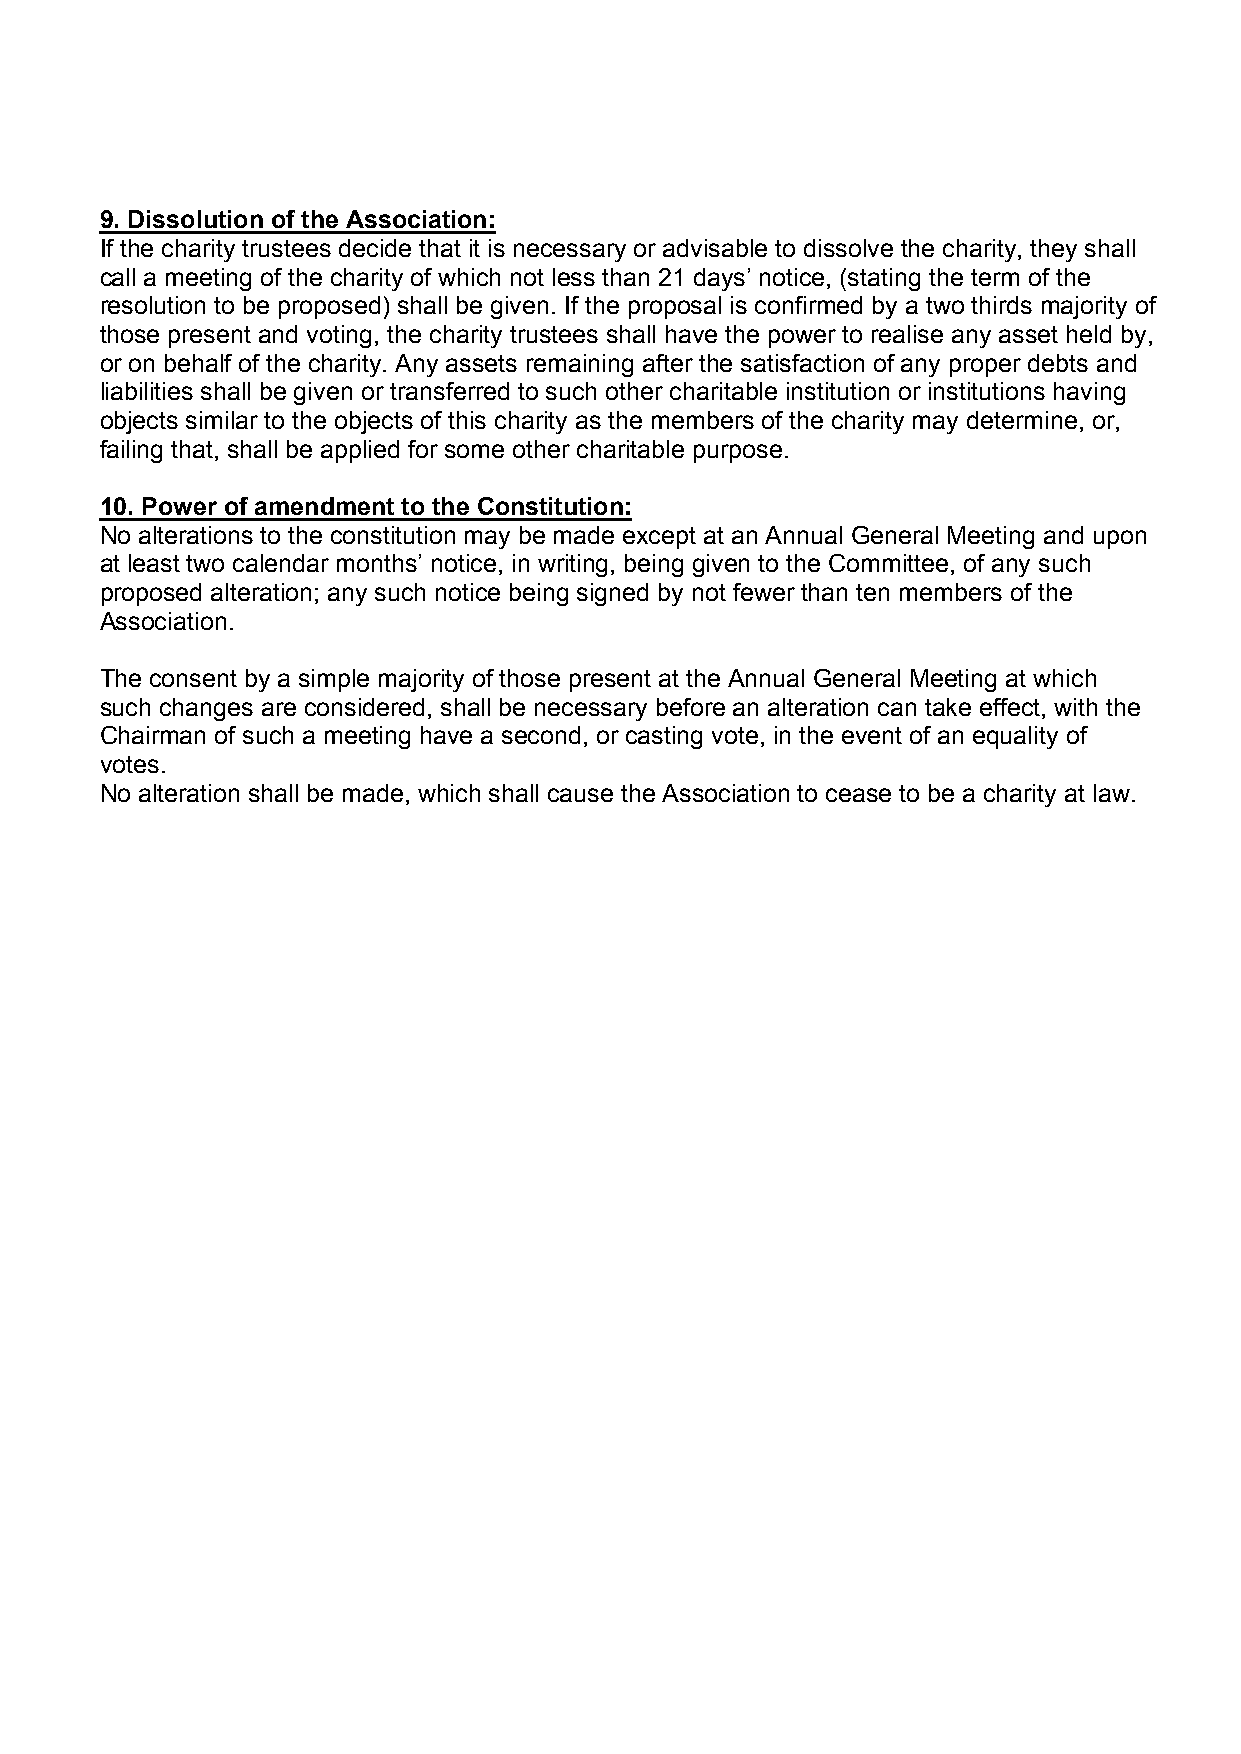
9. Dissolution of the Association:
 If the charity trustees decide that it is necessary or advisable to dissolve the charity, they shall
 call a meeting of the charity of which not less than 21 days’ notice, (stating the term of the
 resolution to be proposed) shall be given. If the proposal is confirmed by a two thirds majority of
 those present and voting, the charity trustees shall have the power to realise any asset held by,
 or on behalf of the charity. Any assets remaining after the satisfaction of any proper debts and
 liabilities shall be given or transferred to such other charitable institution or institutions having
 objects similar to the objects of this charity as the members of the charity may determine, or,
 failing that, shall be applied for some other charitable purpose.
 10. Power of amendment to the Constitution:
 No alterations to the constitution may be made except at an Annual General Meeting and upon
 at least two calendar months’ notice, in writing, being given to the Committee, of any such
 proposed alteration; any such notice being signed by not fewer than ten members of the
 Association.
 The consent by a simple majority of those present at the Annual General Meeting at which
 such changes are considered, shall be necessary before an alteration can take effect, with the
 Chairman of such a meeting have a second, or casting vote, in the event of an equality of
 votes.
 No alteration shall be made, which shall cause the Association to cease to be a charity at law.